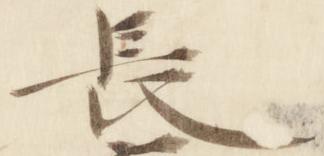
長